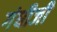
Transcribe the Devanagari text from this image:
गंधीजी